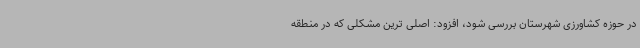
در حوزه کشاورزی شهرستان بررسی شود، افزود: اصلی ترین مشکلی که در منطقه